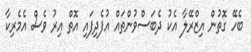
ބެހޭ ގޮތުން އިޒްރޭލާ އެކު ދެބަސްވުންތައް އުފެދިފައި އޮތް އިރު ވެސް އެމެރިކާ